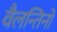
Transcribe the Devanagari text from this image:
वैलन्तिनो